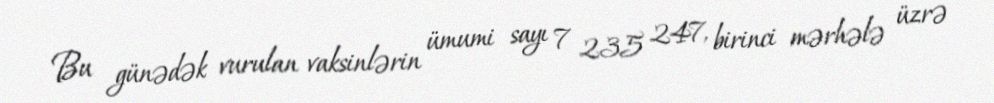
Bu günədək vurulan vaksinlərin ümumi sayı 7 235 247, birinci mərhələ üzrə